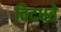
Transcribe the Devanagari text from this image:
विदधते